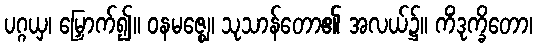
ပဂ္ဂယှ၊ မြှောက်၍။ ဝနမဇ္ဈေ၊ သုသာန်တော၏ အလယ်၌။ ကိံဒုက္ခိတော၊